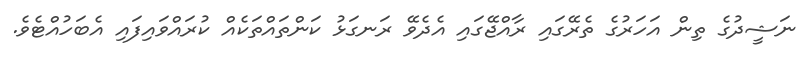
ނަޝީދުގެ ތިން އަހަރުގެ ތެރޭގައި ރާއްޖޭގައި އެދެވޭ ރަނގަޅު ކަންތައްތަކެއް ކުރައްވައިފައި އެބަހުއްޓެވެ.